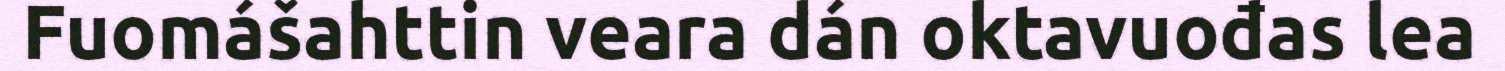
Fuomášahttin veara dán oktavuođas lea